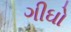
ગીઘો